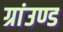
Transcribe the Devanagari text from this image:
ग्रांउण्ड